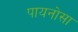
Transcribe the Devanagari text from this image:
पायनोसा